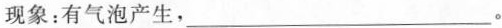
现象：有气泡产生，___。